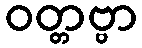
ဝတ္တဗ္ဗာ